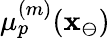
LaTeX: \mu_{p}^{(m)}(\mathbf{x}_{\ominus})